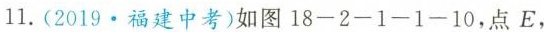
11.(2019.福建·中考)如图18-2-1-1-10，点E，